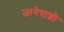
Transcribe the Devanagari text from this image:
जागेपाशी